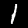
Label: 1